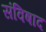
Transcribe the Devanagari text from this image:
संविषाद